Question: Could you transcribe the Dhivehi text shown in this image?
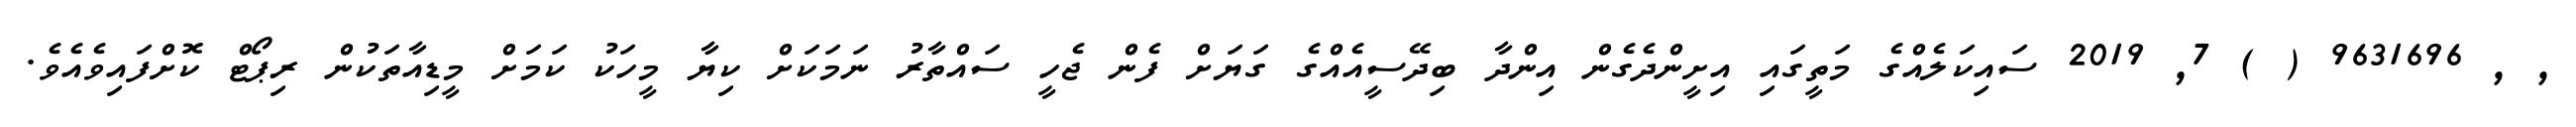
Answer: , , 9631696 ( ) 7, 2019 ސައިކަލެއްގެ މަތީގައި އިށީންދެގެން އިންދާ ބިދޭސީއެއްގެ ގަޔަށް ފެން ޖެހީ ސައްތާރު ނަމަކަށް ކިޔާ މީހަކު ކަމަށް މީޑިއާތަކުން ރިޕޯޓް ކޮށްފައިވެއެވެ.